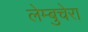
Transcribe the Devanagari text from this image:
लेम्बुचेरा